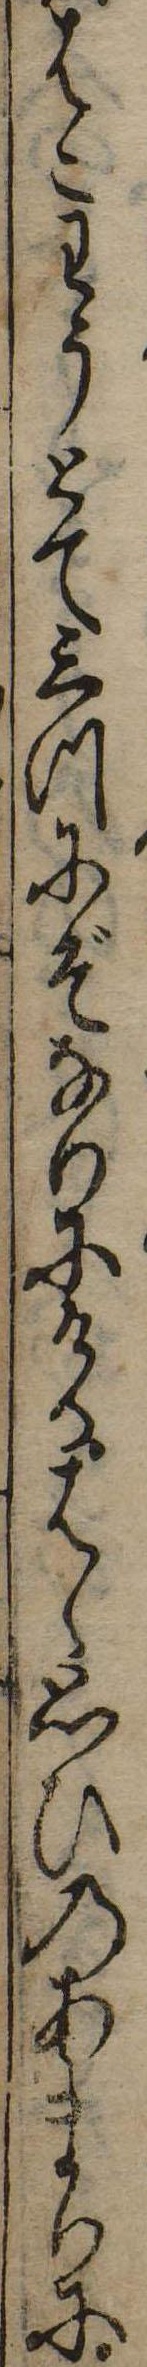
はこわうとて三つにぞなりにけるはゝ思ひのあまりに